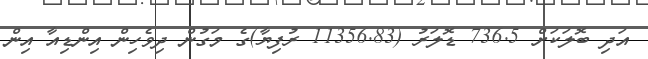
އަދި ބޮލަކަށް 736.5 ޑޮލަރު (11356.83 ރުފިޔާ)ގެ މަގުން ދިވެހިން އިންޑިއާ އިން